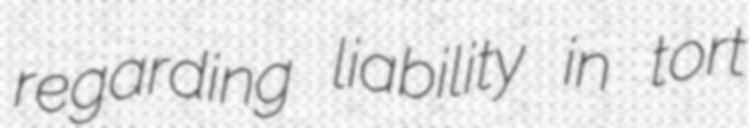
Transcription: regarding liability in tort